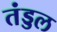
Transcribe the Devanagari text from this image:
तंड्डल